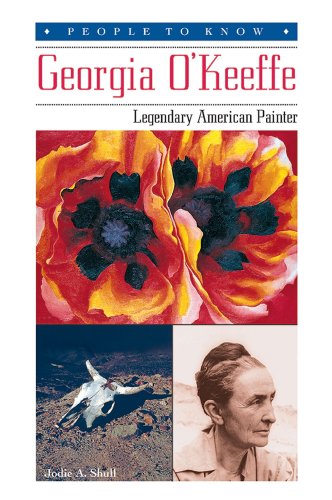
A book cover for Georgia O'Keeffe: Legendary American Painter (People to Know); Jodie A. Shull; Teen & Young Adult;